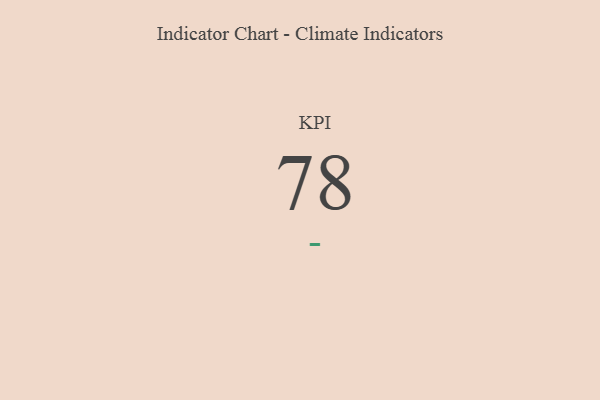
{"axis": {"x": "KPI", "y": "Value"}, "legend": [""], "data": [{"x": "KPI", "y": 78, "type": ""}]}